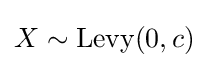
X\sim {\textrm {Levy}}(0,c)